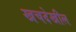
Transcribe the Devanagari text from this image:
खचदेखील